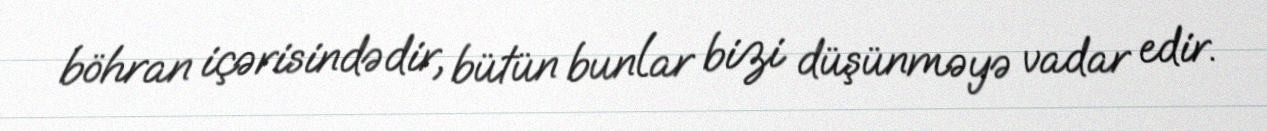
böhran içərisindədir, bütün bunlar bizi düşünməyə vadar edir.